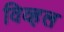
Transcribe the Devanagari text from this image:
विव्हल